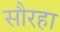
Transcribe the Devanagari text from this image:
सौरहा